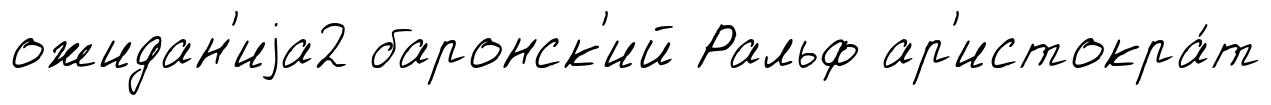
ожидан'иjа2 баронск'ий Ральф ар'истокра́т